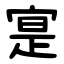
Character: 寔